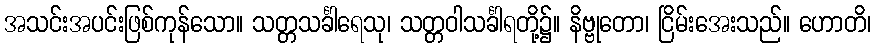
အသင်းအပင်းဖြစ်ကုန်သော။ သတ္တသင်္ခါရေသု၊ သတ္တဝါသင်္ခါရတို့၌။ နိဗ္ဗုတော၊ ငြိမ်းအေးသည်။ ဟောတိ၊